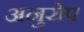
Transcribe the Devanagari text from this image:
अनुरोप